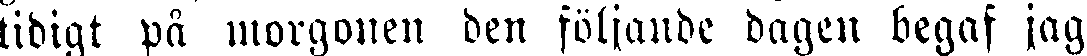
tidigt på morgonen den följande dagen begaf jag